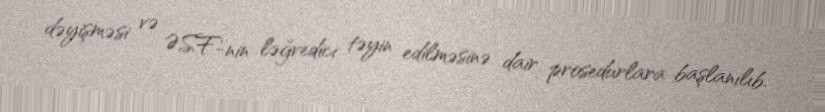
dəyişməsi və ƏSF-nin ləğvedici təyin edilməsinə dair prosedurlara başlanılıb.